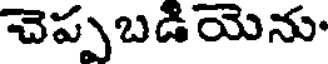
చెప్పబడియెను